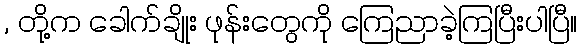
, တို့က ခေါက်ချိုး ဖုန်းတွေကို ကြေညာခဲ့ကြပြီးပါပြီ။